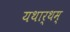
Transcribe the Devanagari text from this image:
यथार्थम्